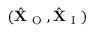
( \hat { \mathbf { X } } _ { \mathrm { ~ O ~ } } , \hat { \mathbf { X } } _ { \mathrm { ~ I ~ } } )